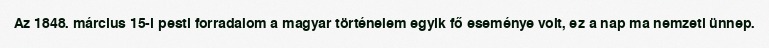
Az 1848. március 15-i pesti forradalom a magyar történelem egyik fő eseménye volt, ez a nap ma nemzeti ünnep.